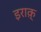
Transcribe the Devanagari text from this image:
इराक़्